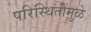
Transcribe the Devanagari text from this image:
परिस्थितींमुळे